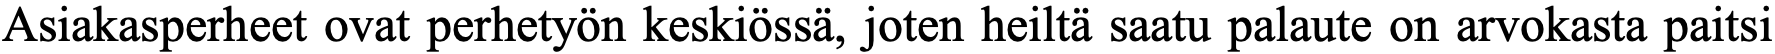
Asiakasperheet ovat perhetyön keskiössä, joten heiltä saatu palaute on arvokasta paitsi